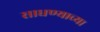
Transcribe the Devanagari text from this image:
साधण्याच्या